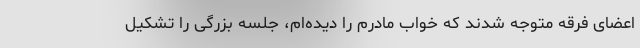
اعضای فرقه متوجه شدند که خواب مادرم را دیده‌ام، جلسه بزرگی را تشکیل